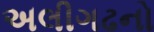
અલીગઢનો